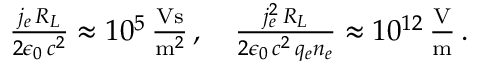
\begin{array} { r l r } & { } & { \frac { j _ { e } \, R _ { L } } { 2 \epsilon _ { 0 } \, c ^ { 2 } } \approx 1 0 ^ { 5 } \, \frac { \mathrm { V s } } { \mathrm { m } ^ { 2 } } \, , \quad \frac { j _ { e } ^ { 2 } \, R _ { L } } { 2 \epsilon _ { 0 } \, c ^ { 2 } \, q _ { e } n _ { e } } \approx 1 0 ^ { 1 2 } \, \frac { \mathrm { V } } { \mathrm { m } } \, . } \end{array}